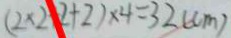
( 2 \times 2 + 2 + 2 ) \times 4 = 3 2 ( c m )